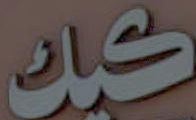
كيك